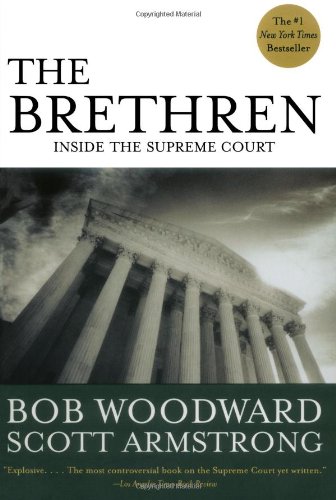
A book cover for The Brethren: Inside the Supreme Court; Bob Woodward; Law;